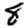
Digit: 8